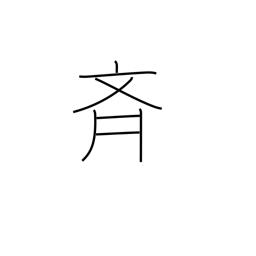
Meaning: alike